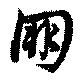
朋